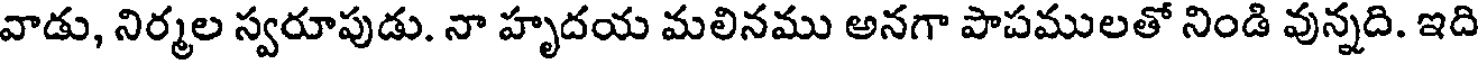
వాడు, నిర్మల స్వరూపుడు. నా హృదయ మలినము అనగా పాపములతో నిండి వున్నది. ఇది